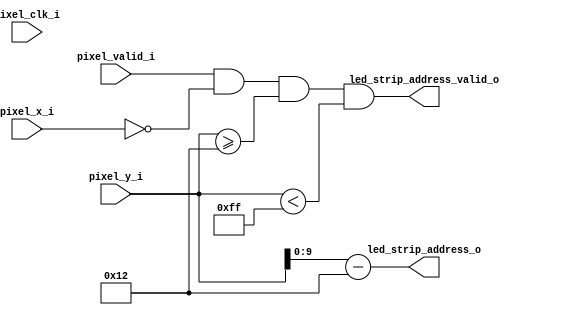
module map_wall_edge (
	input			pixel_clk_i,
	input	[11:0]	pixel_x_i,
	input	[11:0]	pixel_y_i,
	input			pixel_valid_i,

	output	[9:0]	led_strip_address_o,
	output			led_strip_address_valid_o
);

//parameter		VSYNC_VBI_LINE_COUNT = 29;	// good for 24-bit color mode?
parameter		VSYNC_VBI_LINE_COUNT = 16;	// good for 16-bit color mode?

parameter	X = 0;
parameter	Y_START = 2 + VSYNC_VBI_LINE_COUNT;
parameter	Y_END = Y_START + 237;

assign	led_strip_address_valid_o = pixel_valid_i && (pixel_x_i == X) && (pixel_y_i >= Y_START) && (pixel_y_i < Y_END);
assign	led_strip_address_o = pixel_y_i - Y_START;

endmodule